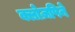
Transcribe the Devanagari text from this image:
क्लोज़पिने